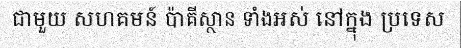
ជាមួយ សហគមន៍ ប៉ាគីស្ថាន ទាំងអស់ នៅក្នុង ប្រទេស